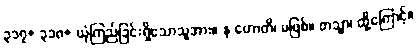
၃၁၇+ ၃၁၈+ ယုံကြည်ခြင်းရှိသောသူအား။ န ဟောတိ၊ မဖြစ်။ တသ္မာ၊ ထို့ကြောင့်။